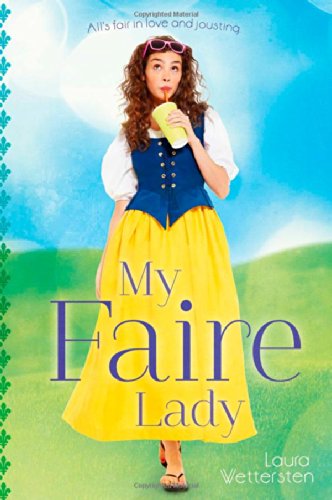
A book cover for My Faire Lady; Laura Wettersten; Teen & Young Adult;